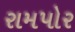
રામપોર